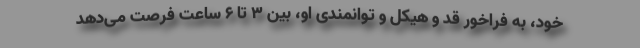
خود، به فراخور قد و هیکل و توانمندی او، بین ۳ تا ۶ ساعت فرصت می‌دهد